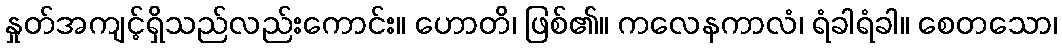
နှုတ်အကျင့်ရှိသည်လည်းကောင်း။ ဟောတိ၊ ဖြစ်၏။ ကလေနကာလံ၊ ရံခါရံခါ။ စေတသော၊